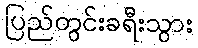
ပြည်တွင်းခရီးသွား